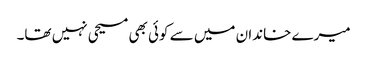
میرے خاندان میں سے کوئی بھی مسیحی نہیں تھا۔